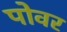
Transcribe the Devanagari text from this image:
पोवर